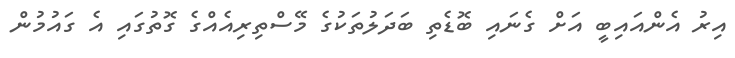
އިރު އެންއައިބީ އަށް ގެނައި ބޮޑެތި ބަދަލުތަކުގެ މޭސްތިރިއެއްގެ ގޮތުގައި އެ ގައުމުން